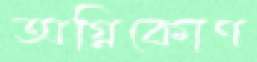
অগ্নিকোণ